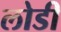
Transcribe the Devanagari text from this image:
लोडी